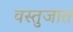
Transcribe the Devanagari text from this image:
वस्तुजात